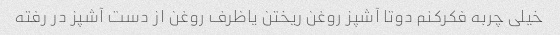
خیلی چربه فکرکنم دوتا آشپز روغن ریختن یاظرف روغن از دست آشپز در رفته